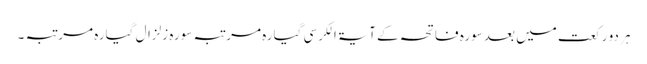
ہر دو رکعت میں بعد سورہ فاتحہ کے آیۃ الکرسی گیارہ مرتبہ سورہ زلزال گیارہ مرتبہ ۔